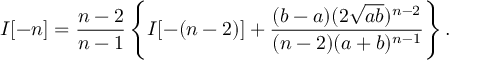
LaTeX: I [ - n ] = \frac { n - 2 } { n - 1 } \left\{ I [ - ( n - 2 ) ] + \frac { ( b - a ) ( 2 \sqrt { a b } ) ^ { n - 2 } } { ( n - 2 ) ( a + b ) ^ { n - 1 } } \right\} .